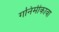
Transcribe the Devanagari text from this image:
गनिमीकावा